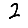
Digit: 2